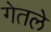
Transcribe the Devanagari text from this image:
गेतले